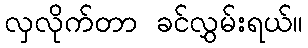
လှလိုက်တာ ခင်လွှမ်းရယ်။